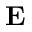
\mathbf { E }